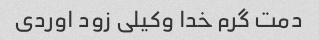
دمت گرم خدا وکیلی زود اوردی